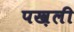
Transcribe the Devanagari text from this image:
पख़ली